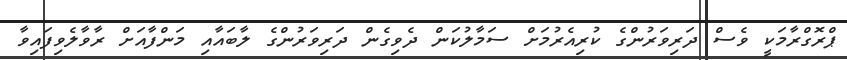
ޕްރޮގްރާމަކީ ވެސް ދަރިވަރުންގެ ކުރިއެރުމަށް ސަމާލުކަން ދެވިގެން ދަރިވަރުންގެ ލާބައާއި މަންފާއަށް ރާވާލެވިފައިވާ